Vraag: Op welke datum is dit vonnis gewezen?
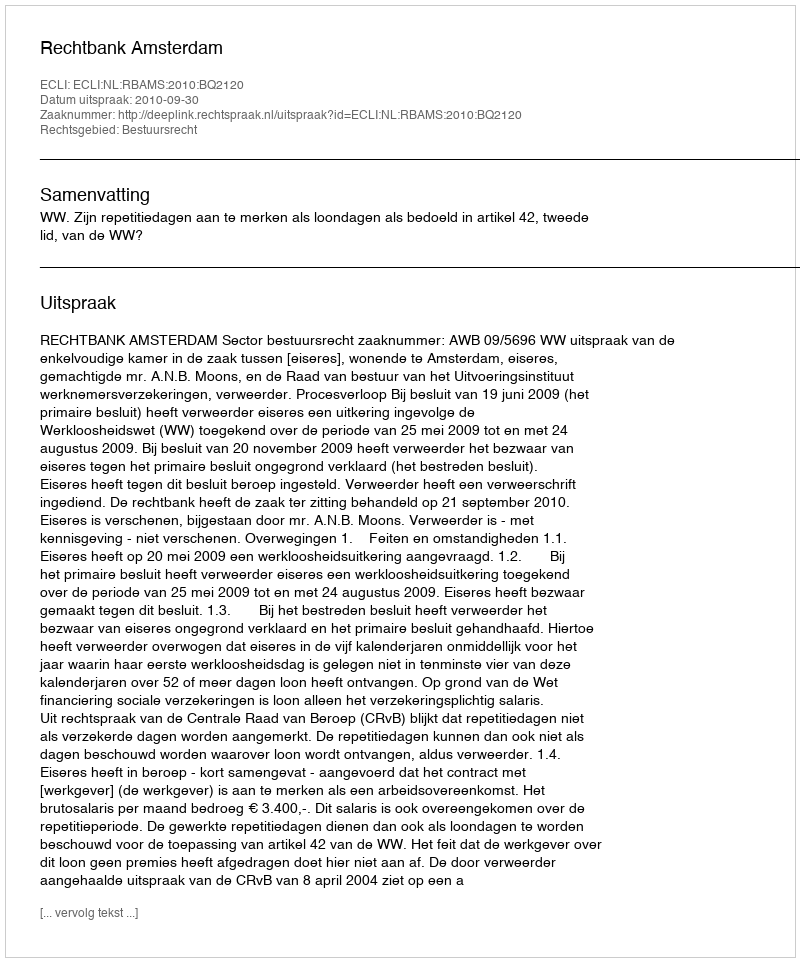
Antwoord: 2010-09-30